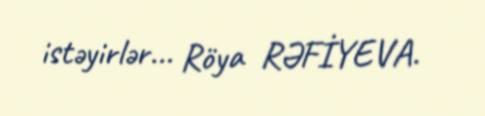
istəyirlər... Röya RƏFİYEVA.